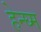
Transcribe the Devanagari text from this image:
हेन्घ्म